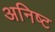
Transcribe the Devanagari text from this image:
अनिष्‍ट